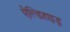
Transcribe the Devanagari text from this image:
ऐल्डिहाइड़